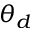
\theta _ { d }